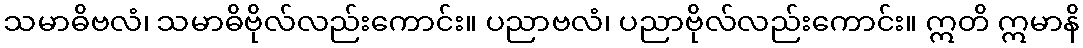
သမာဓိဗလံ၊ သမာဓိဗိုလ်လည်းကောင်း။ ပညာဗလံ၊ ပညာဗိုလ်လည်းကောင်း။ ဣတိ ဣမာနိ